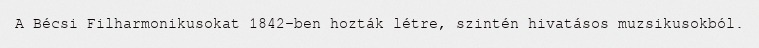
A Bécsi Filharmonikusokat 1842-ben hozták létre, szintén hivatásos muzsikusokból.